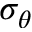
\sigma _ { \theta }